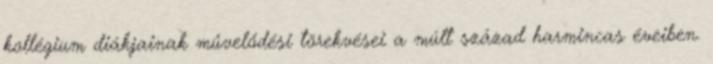
kollégium diákjainak művelődési törekvései a múlt század harmincas éveiben.